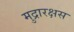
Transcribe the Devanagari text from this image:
मुद्रारक्षस